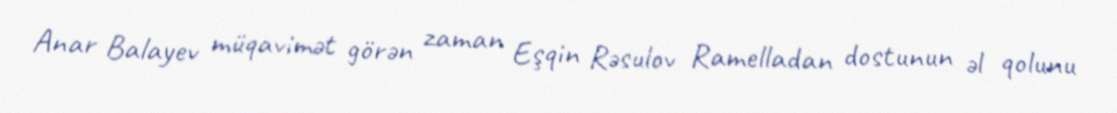
Anar Balayev müqavimət görən zaman Eşqin Rəsulov Ramelladan dostunun əl qolunu